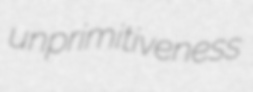
unprimitiveness